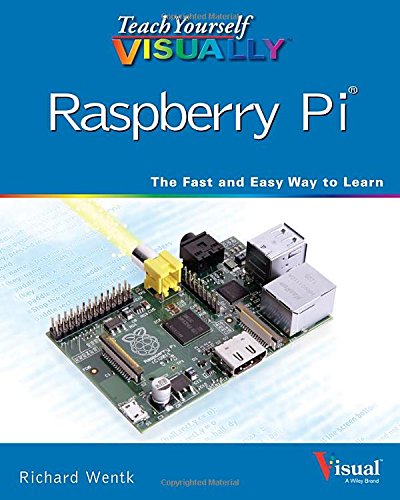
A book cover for Teach Yourself VISUALLY Raspberry Pi; Richard Wentk; Computers & Technology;